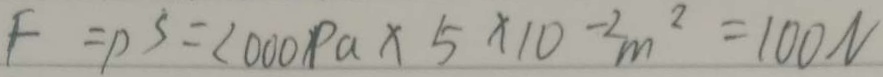
F = P ^ { S } = 2 0 0 0 P a \times 5 \times 1 0 ^ { - 2 } m ^ { 2 } = 1 0 0 N